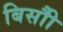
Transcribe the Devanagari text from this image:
बिसौी